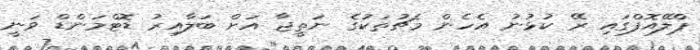
ޕްލޭއޮފްގައި ރޭ ކުޅުނު އެހެން މެޗުތަކުގެ ނަތީޖާ އަށް ބަލާއިރު ޑޮޓްމަންޑް ވަނީ